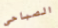
الصباحي